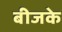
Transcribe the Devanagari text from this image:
बीजके